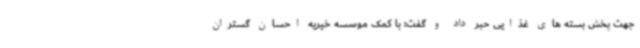
جهت پخش بسته های غذایی حبر داد و گفت: با کمک موسسه خیریه احسان گستران